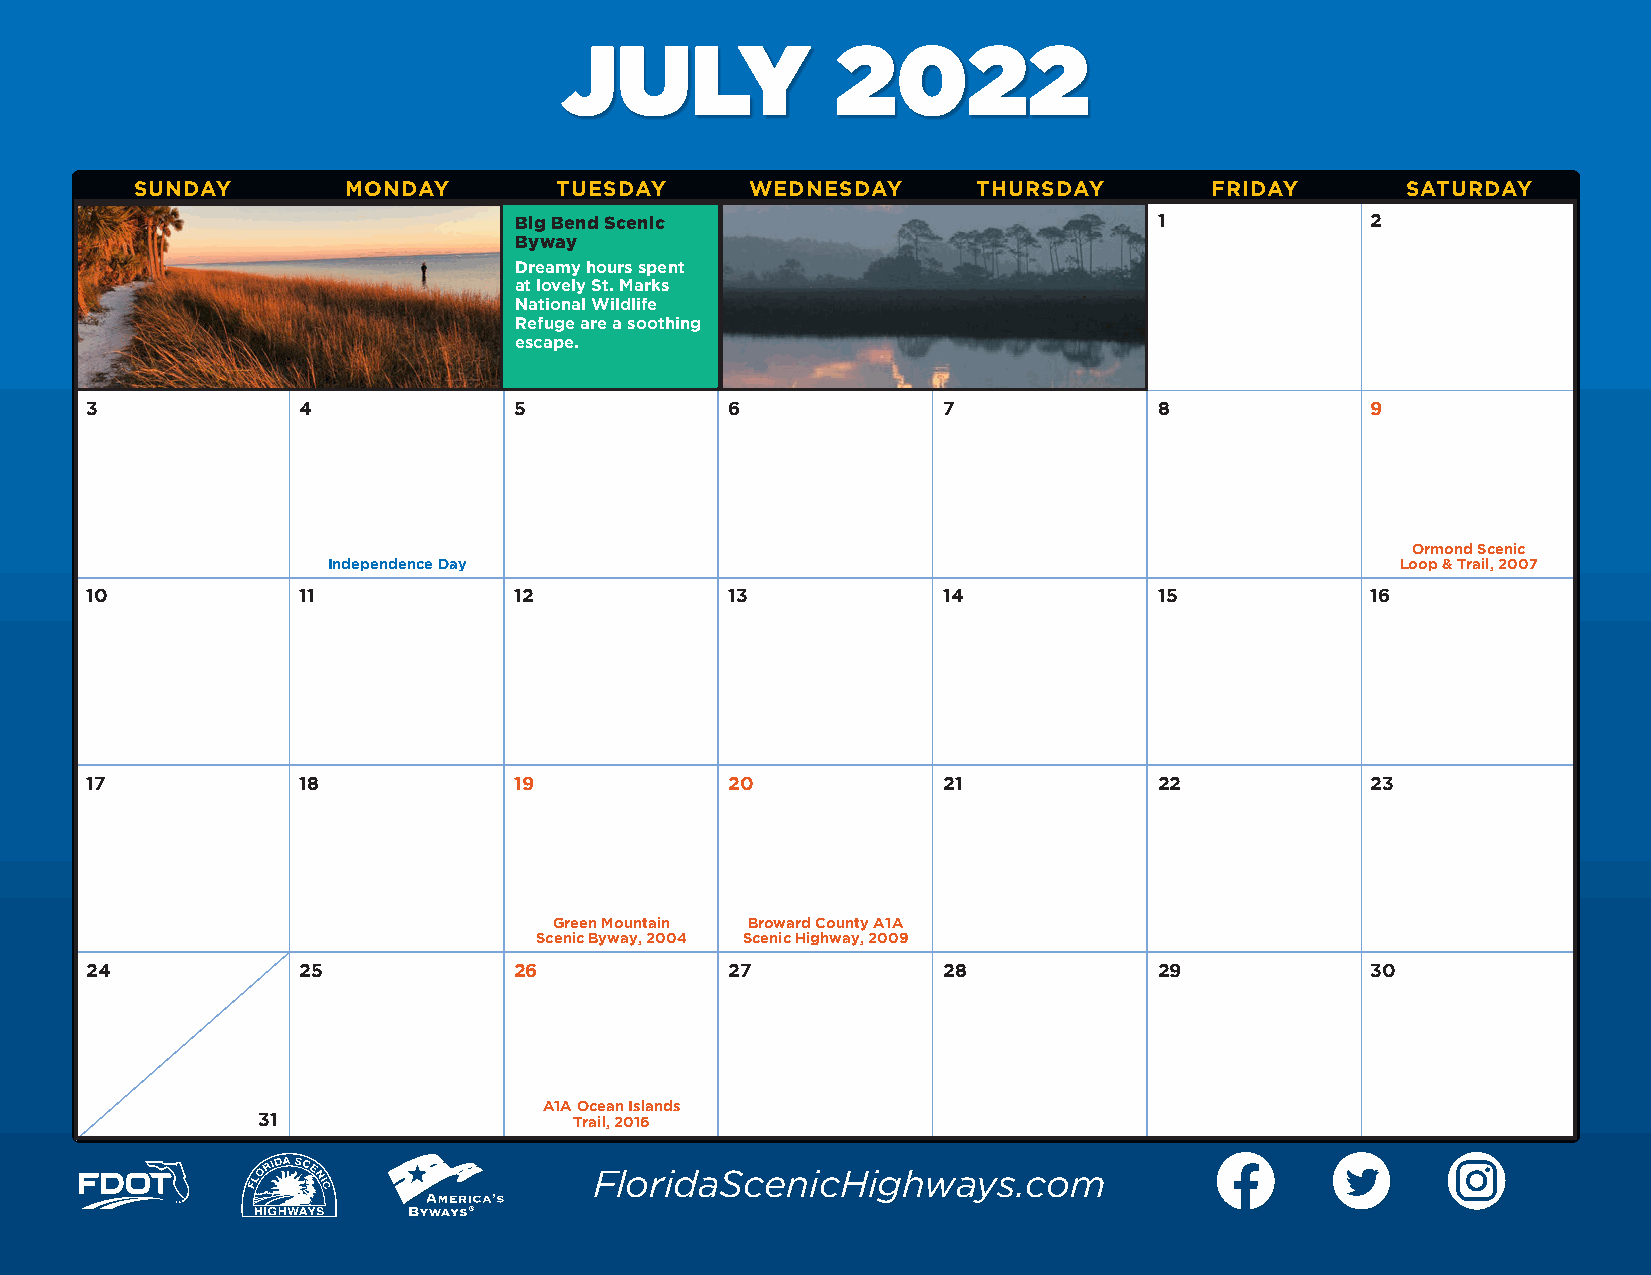
JULY              2022
 SUNDAY        MONDAY        TUESDAY      WEDNESDAY      THURSDAY       FRIDAY       SATURDAY
 Big Bend Scenic                            1             2
 Byway
 Dreamy hours spent
 at lovely St. Marks
 National Wildlife
 Refuge are a soothing
 escape.
 3             4             5             6             7              8             9
 Ormond Scenic
 Independence Day                                                       Loop & Trail, 2007
 10            11            12            13            14             15            16
 17            18            19            20            21             22            23
 Green Mountain Broward County A1A
 Scenic Byway, 2004 Scenic Highway, 2009
 24            25            26            27            28             29            30
 A1A Ocean Islands
 31                   Trail, 2016
 FloridaScenicHighways.com